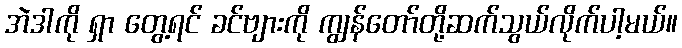
အဲဒါကို ရှာ တွေ့ရင် ခင်ဗျားကို ကျွန်တော်တို့ဆက်သွယ်လိုက်ပါ့မယ်။